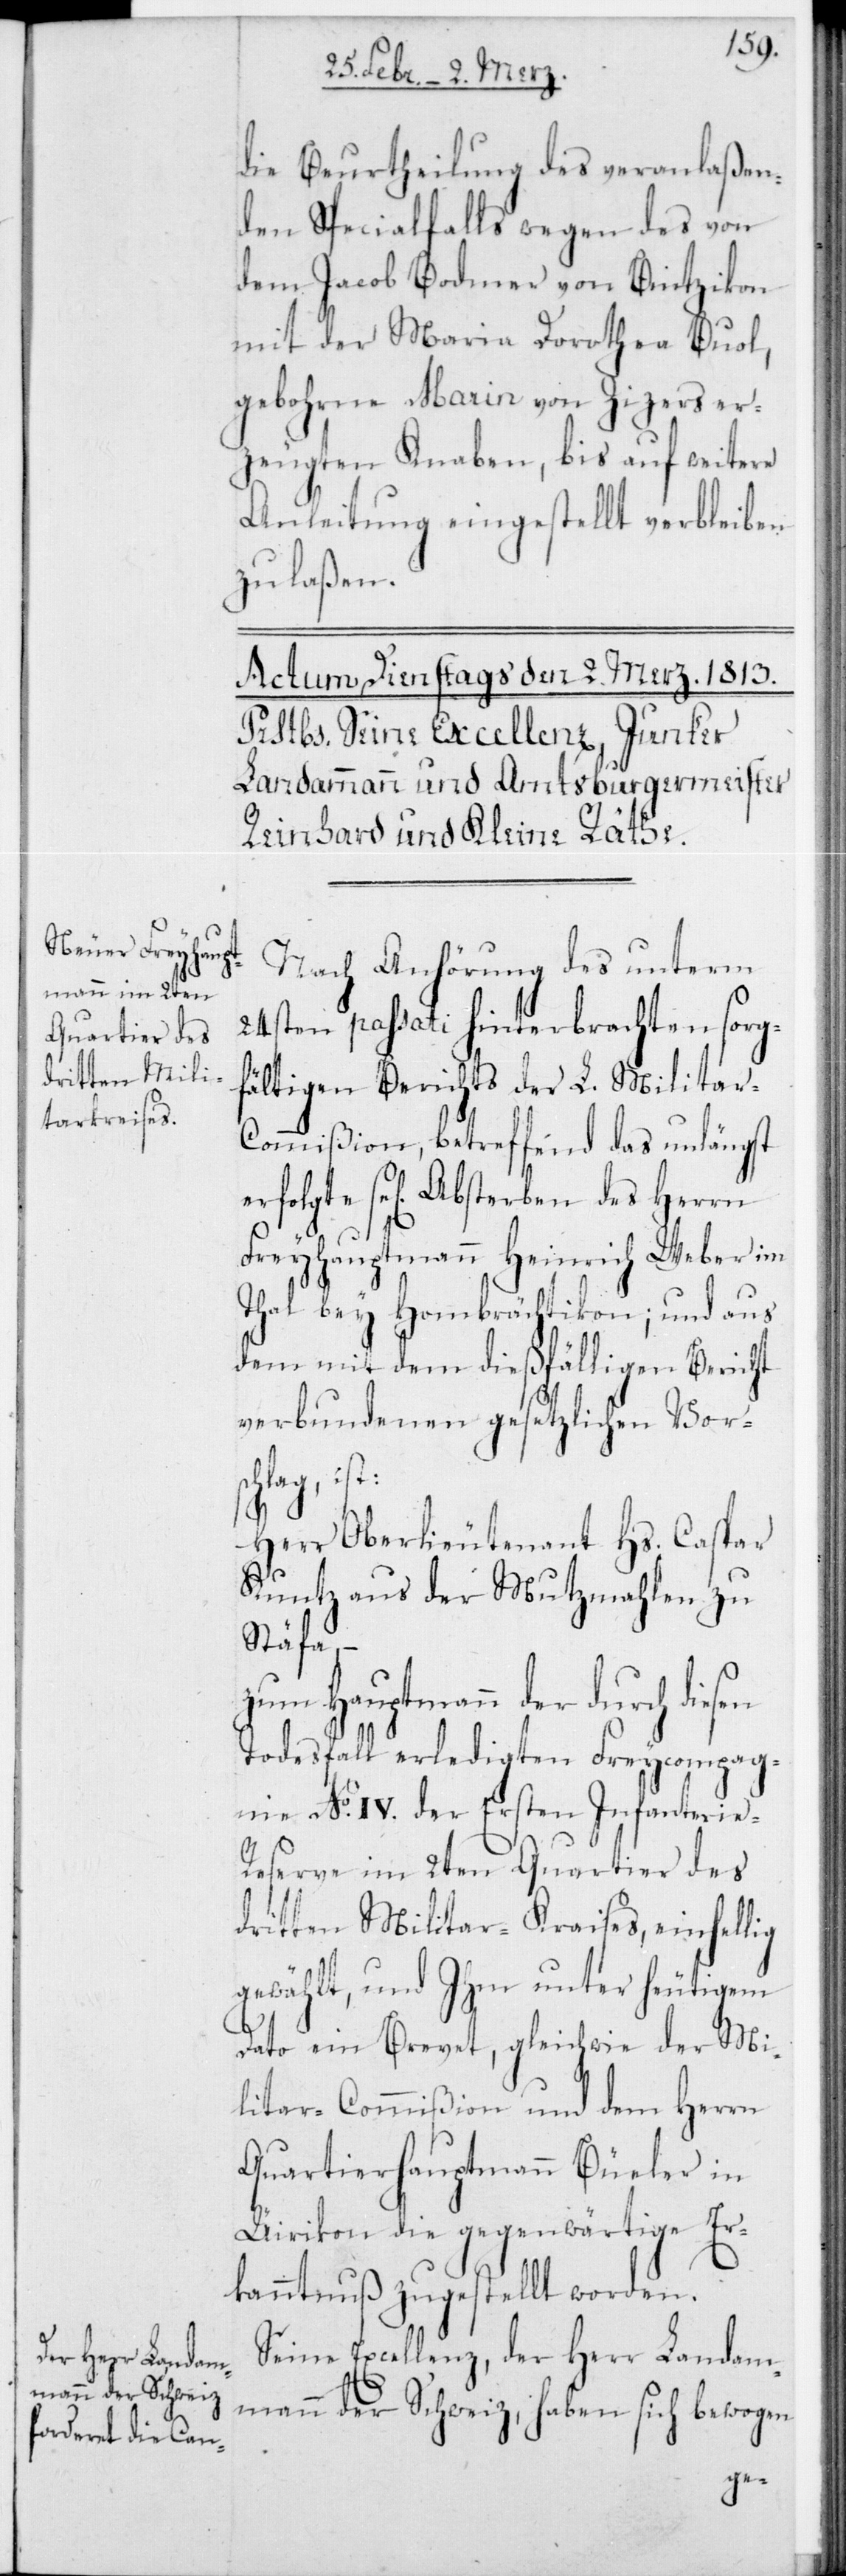
die Beurtheilung des veranlaßen¬
den Specialfalls wegen des von
dem Jacob Bodmer von Bintzikon
mit der Maria Dorothea Buol,
gebohrne Marin von Zizers er¬
zeugten Knaben, bis auf weitere
Anleitung eingestellt verbleiben
zu laßen.
Nach Anhörung des unterm
24sten passati hinterbrachten sorgf¬
ältigen Berichts der L. Militar-C¬
ommißion, betreffend das unlängst
erfolgte Sel. Absterben des Herrn
Freyhauptmann Heinrich Weber im
Thal bei Hombrächtikon; und aus
dem mit dem dießfälligen Bericht
verbundenen gesetzlichen Vorsc¬
ie-R¬
Herr Oberlieutenant Hs. Caspar
Kuntz aus der Mutzmahlen zu
Stäfa, –
zum Hauptmann der durch die¬
Todesfall erledigten Freycompag¬
nie No IV der Ersten Infanter¬
eserve im 2ten Quartier des
dritten Militar-Kreises, einhellig
gewählt, und ihm unter heutigem
Dato ein Brevet, gleichwie der Mi¬
litar-Commißion und dem Herrn
Quartierhauptmann Büeler in
Üirikon die gegenwärtige Er¬
kanntnuß zugestellt worden.
Seine Excellenz, der Herr Landam¬
mann der Schweiz, haben sich bewogen
sen